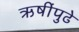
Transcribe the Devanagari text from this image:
ऋषींपुढे